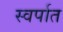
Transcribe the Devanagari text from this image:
स्वर्पात